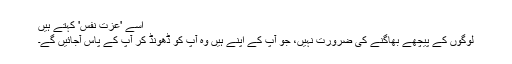
اسے 'عزت نفس' کہتے ہیں
لوگوں کے پیچھے بھاگنے کی ضرورت نہیں، جو آپ کے اپنے ہیں وہ آپ کو ڈھونڈ کر آپ کے پاس آجائیں گے۔